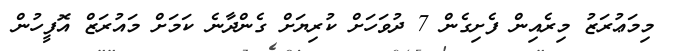
މިމަޢުރަޒު މިރެއިން ފެށިގެން 7 ދުވަހަށް ކުރިޔަށް ގެންދާނެ ކަމަށް މައުރަޒް އޮފީހުން